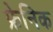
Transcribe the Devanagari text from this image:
फ्रेनिक